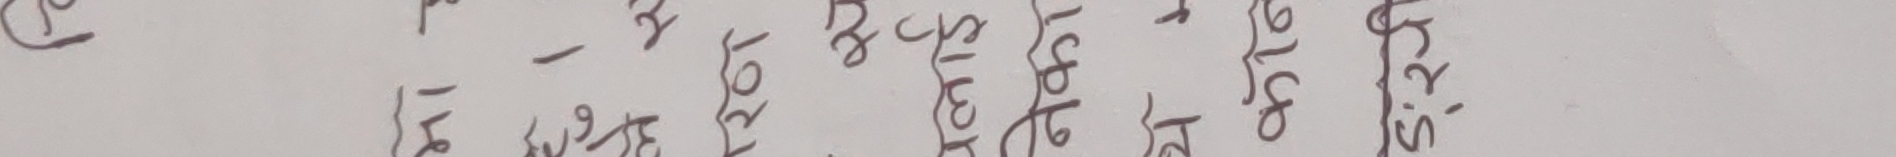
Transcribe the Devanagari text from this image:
९
मन-१५ई
२०७९
पौष
१८ गते
बृहस्पतिवार
स३:३०